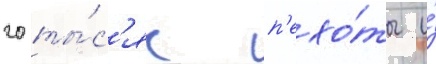
20 ты́с'яч п'ехо́ты и́